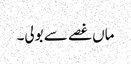
ماں غصے سے بولی۔